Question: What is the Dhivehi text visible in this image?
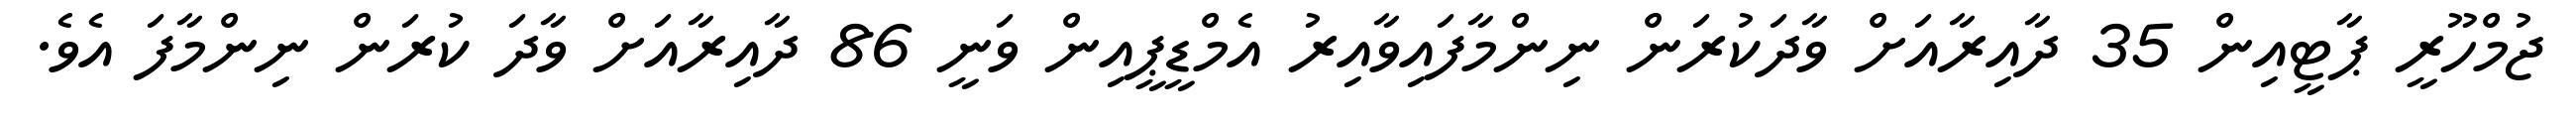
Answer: ޖުމްހޫރީ ޕާޓީއިން 35 ދާއިރާއަށް ވާދަކުރަން ނިންމާފައިވާއިރު އެމްޑީޕީއިން ވަނީ 86 ދާއިރާއަށް ވާދަ ކުރަން ނިންމާފަ އެވެ.